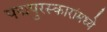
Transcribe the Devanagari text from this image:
पद्मपुरस्कारांमध्ये